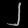
Digit: ၂